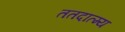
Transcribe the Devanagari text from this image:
ततदात्म्य